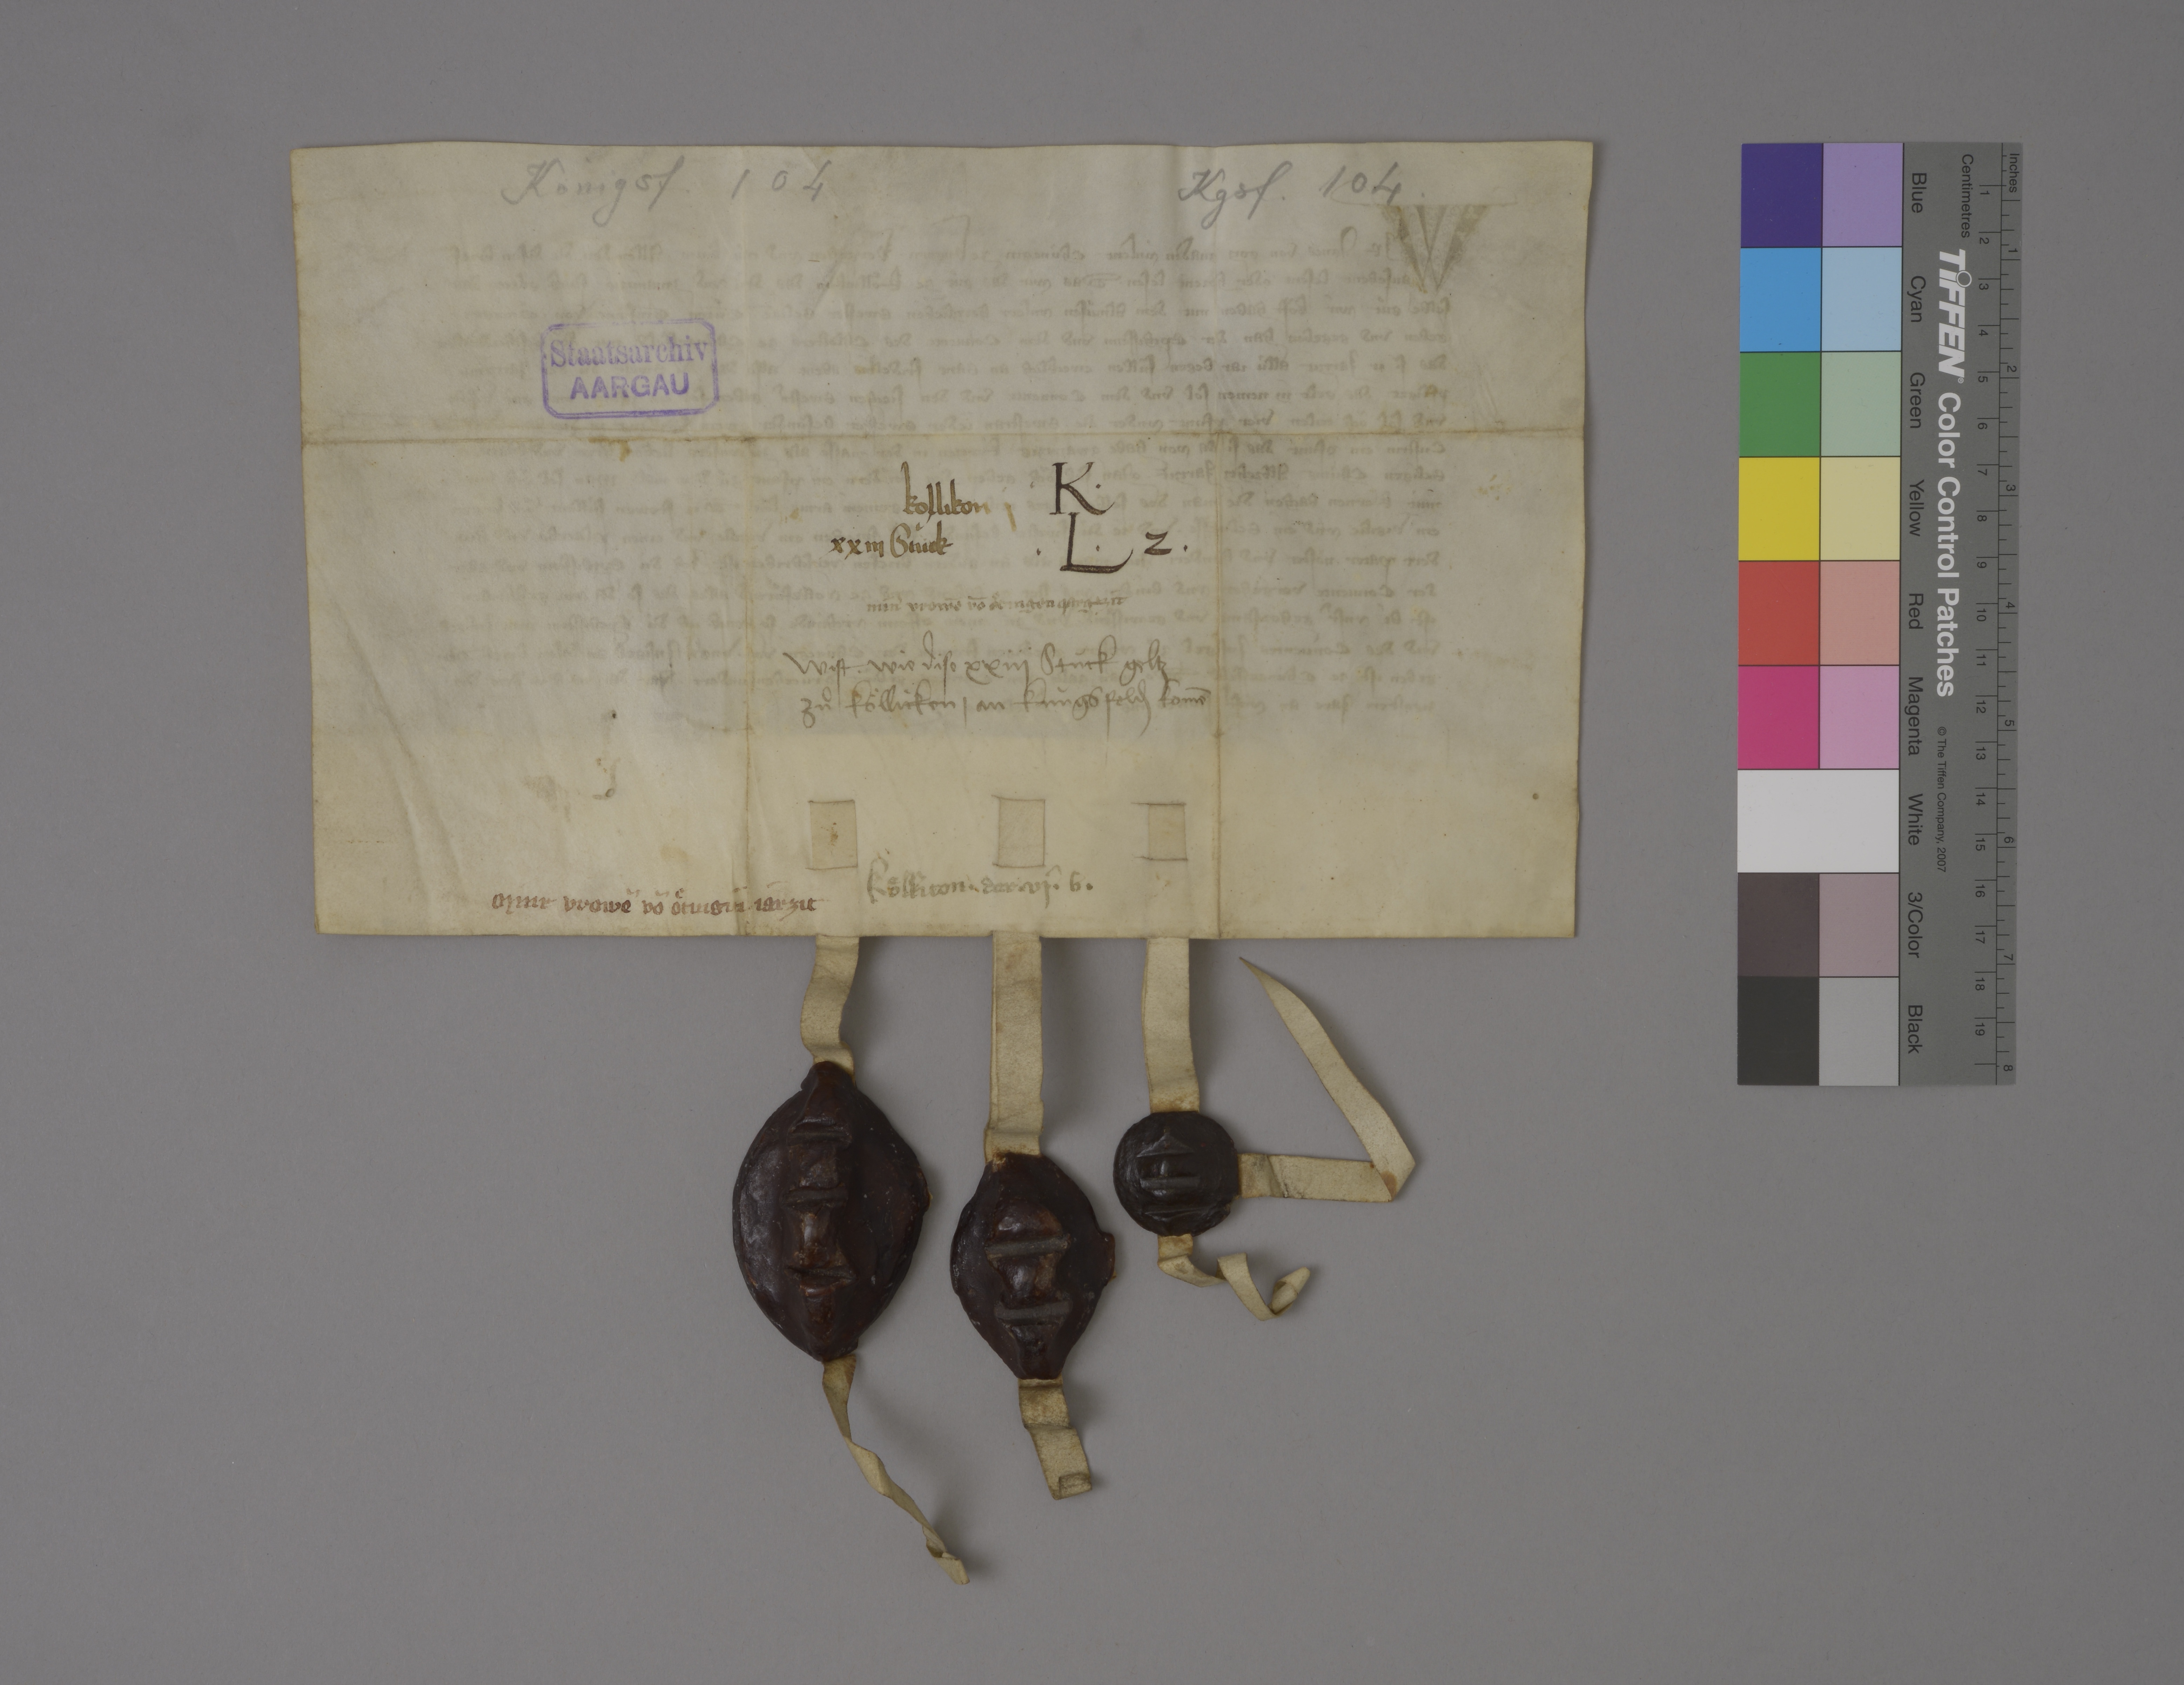
Königsf. 104

Kgsf. 104.

Staatsarchiv
AARGAU

Kollikon j
xxiij stùck

✳ K ✳
✳ L ✳ 2 ✳

minˀ vrowē vō Oͤtingen jargtzit

wist ✳ wie dise xxiij stùck geltz
zuͦ Köllicken ✳ an Kùngsfeld₎ komē

Koͤllicon ✳ der ✳ vj ✳ b ✳

minr vrowē vō Oͤtingin jarzit